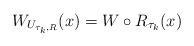
LaTeX: \begin{align*} W_{U_{\tau_k,R}}(x)=W\circ R_{\tau_k}(x)\end{align*}